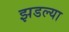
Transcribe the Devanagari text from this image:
झडल्या